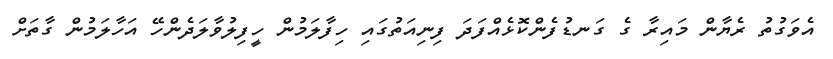
އެވަގުތު ރެޔާން މައިރާ ގެ ގަނޑުފެންކޮޅެއްފަދަ ފިނިއަތުގައި ހިފާލަމުން ހީފިލުވާލަދެންހޭ އަހާލަމުން ގާތަށް